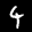
Label: 4